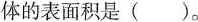
体的表面积是()。